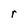
Character: r